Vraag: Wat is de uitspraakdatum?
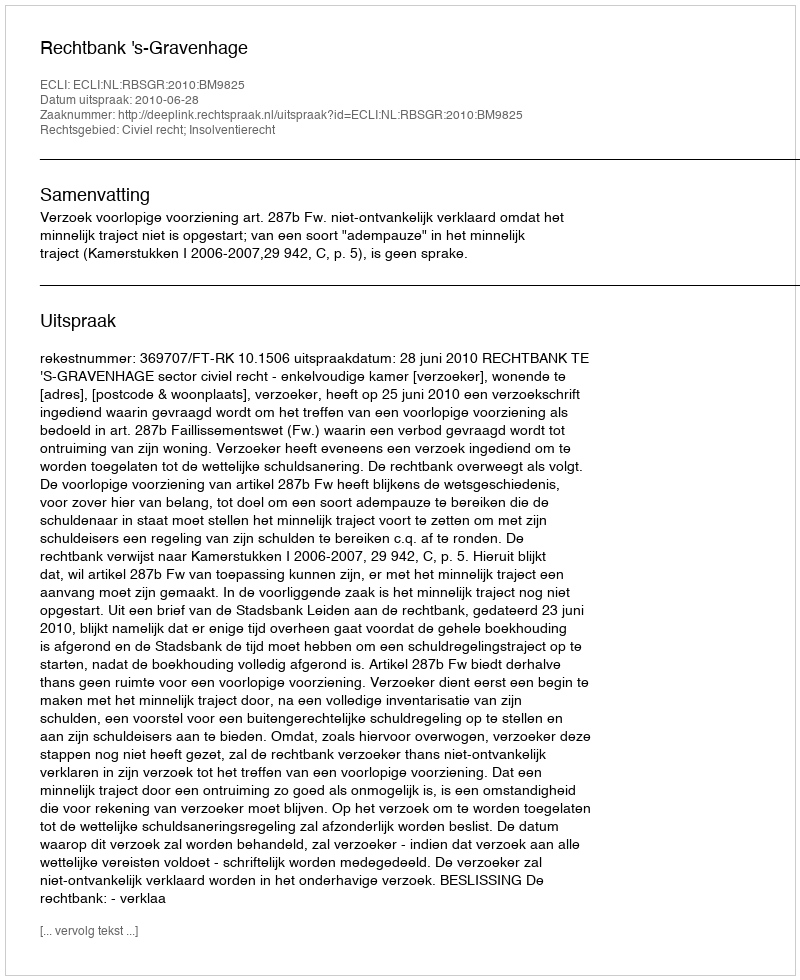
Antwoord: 2010-06-28